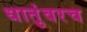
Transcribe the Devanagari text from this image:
धातुंवरच